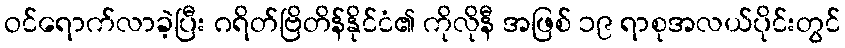
ဝင်ရောက်လာခဲ့ပြီး ဂရိတ်ဗြိတိန်နိုင်ငံ၏ ကိုလိုနီ အဖြစ် ၁၉ ရာစုအလယ်ပိုင်းတွင်